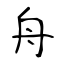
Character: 舟